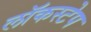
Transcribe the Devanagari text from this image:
लॉकस्टेप